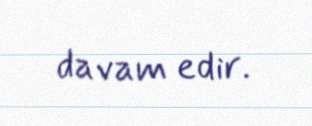
davam edir.